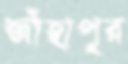
জাঁহাপুর